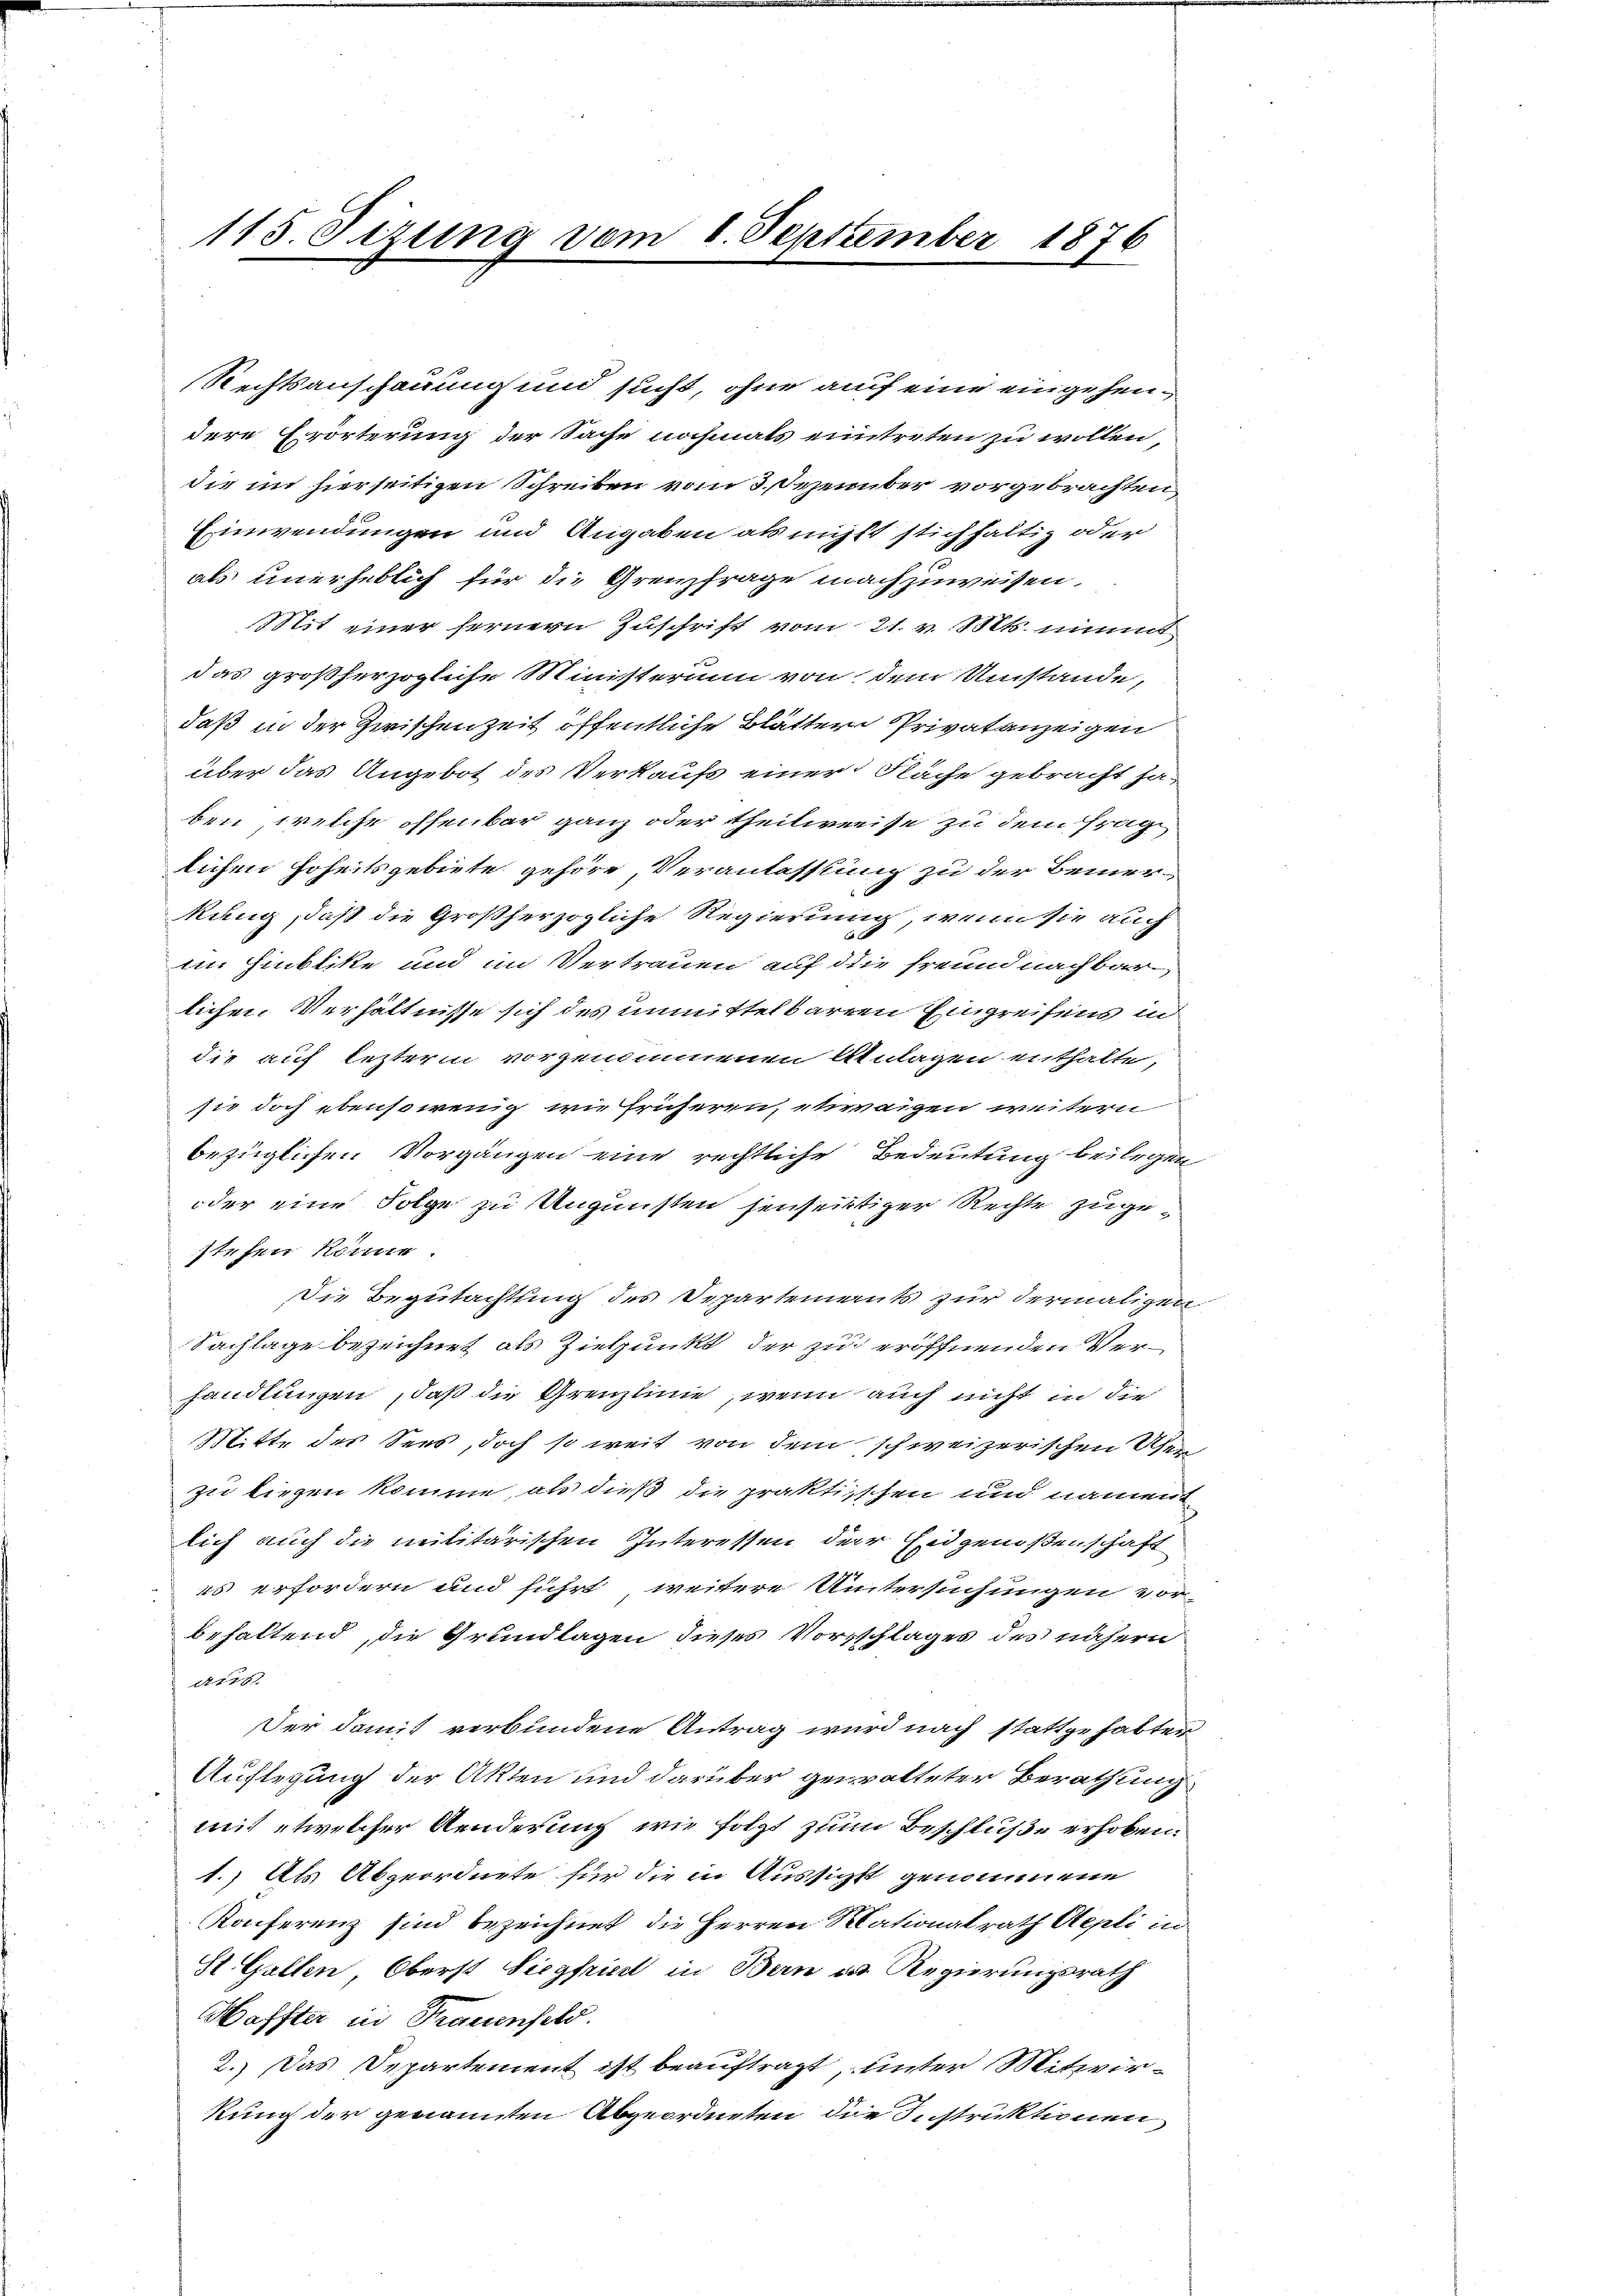
115. Sizung vom 1. September 1876

Rechtsanschauung und sucht, ohne auf eine eingehendere Erörterung der Sache nochmals eintreten zu wollen,
die im hierseitigen Schreiben vom 3. Dezember vorgebrachten,
Einwendungen und Angaben als nicht stichhaltig oder
als unerheblich für die Grenzfrage nachzuweisen,
Mit einer fernern Zuschrift vom 21. v. Mts. nimmt
das großherzogliche Ministerium von dem Umstände,
daß in der Zwischenzeit öffentliche Blattern Privatanzeigen
über das Angebot des Verkaufs einer Fläche gebracht ha-
ben, welche offenbar ganz oder theilweise zu dem Frage
lichen Hoheitsgebiete gehöre, Veranlassung zu der Bemer-
kung, daß die Großherzogliche Regierung, wenn sie auch
im Hinblike und im Vertrauen auf die freund nachbarlichen Verhältnisse sich des unmittelbare Eingreifens in
die auf lezterm vorgenommenen Anlagen enthalte,
sie doch ebensowenig wie früheren, etwaigen weitern
bezüglichen Vorgängen eine rechtliche Bedeutung beilegen
oder eine Folge zu Ungunsten jenseitiger Rechte zugestehen könne.
Die Begutachtung des Departements zur dermaligen
Sachlage bezeichnet als Zielpunkt der zu eröffnenden Verhandlungen, daß die Grenzlinie, wenn auch nicht in die
Mitte des Sees, doch so weit von dem schweizerischen Ufer
zu liegen komme, als dieß die praktischen und nament
lich auch die militärischen Interessen der Eidgenoßenschaft
es erfordern und führt weitere Untersuchungen vor-
behaltend, die Grundlagen dieses Vorschlages des nähern
A175.
Der damit verbundene Antrag wird nach stattgehabter
Auflegung der Akten und darüber gewalteter Berathung
mit etwelcher Aenderung wie folgt zum Beschluße erhoben.
1.) Als Abgeordnete für die in Aussicht genommene
Konferenz sind bezeichnet, die Herren Mationalrath Appli in
St. Gallen, Oberst Siegfriedt in Bern es Regierungsrath
Haffter in Trauenfeld.
2.) Das Departement ist beauftragt, unter Mitwirkung der genannten Abgeordneten die Instruktionen,

b